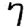
Digit: 7